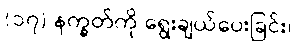
(၁၇) နက္ခတ်ကို ရွေးချယ်ပေးခြင်း၊